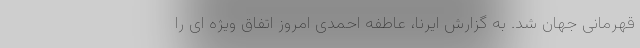
قهرمانی جهان شد. به گزارش ایرنا، عاطفه احمدی امروز اتفاق ویژه ای را